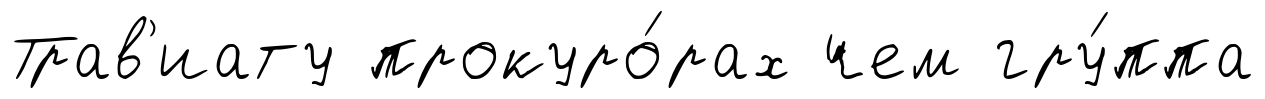
Трав'иату прокуро́рах чем гру́ппа